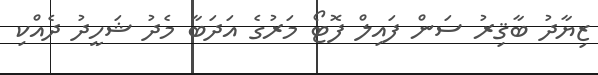
ޒިޔާދު ބާޤިރު ސަން ފައިލް ފޮޓޯ މަރުގެ އަދަބާ މެދު ޝަހީދު ދެއްކި